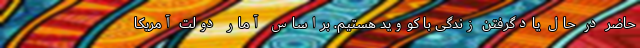
حاضر در حال یادگرفتن زندگی با کووید هستیم. براساس آمار دولت آمریکا